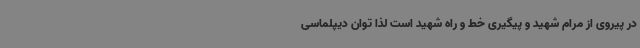
در پیروی از مرام شهید و پیگیری خط و راه شهید است لذا توان دیپلماسی